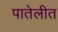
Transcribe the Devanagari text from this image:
पातेलीत